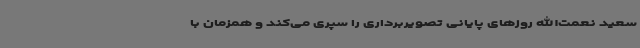
سعید نعمت‌الله روزهای پایانی تصویربرداری را سپری می‌کند و همزمان با